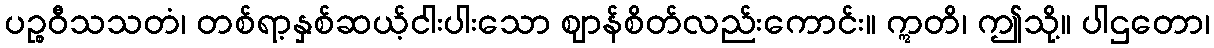
ပဉ္စဝီသသတံ၊ တစ်ရာ့နှစ်ဆယ့်ငါးပါးသော ဈာန်စိတ်လည်းကောင်း။ ဣတိ၊ ဤသို့။ ပါဌတော၊